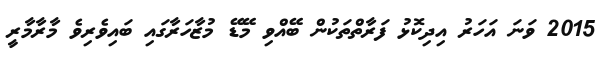
2015 ވަނަ އަހަރު އިދިކޮޅު ފަރާތްތަކުން ބޭއްވި މޭޑޭ މުޒާހަރާގައި ބައިވެރިވެ މާރާމާރީ